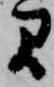
ま